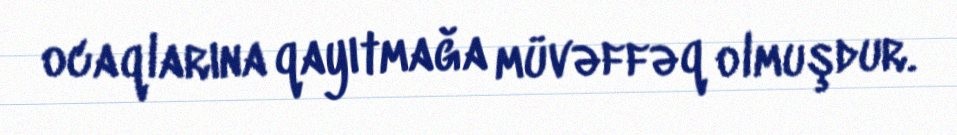
ocaqlarına qayıtmağa müvəffəq olmuşdur.